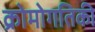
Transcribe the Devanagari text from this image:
क्रोमोगतिकी